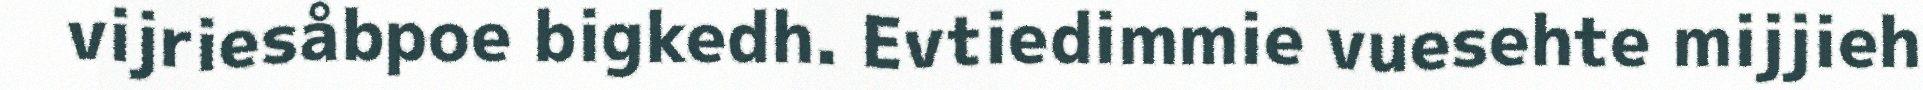
vijriesåbpoe bigkedh. Evtiedimmie vuesehte mijjieh